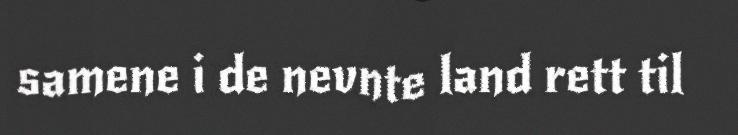
samene i de nevnte land rett til